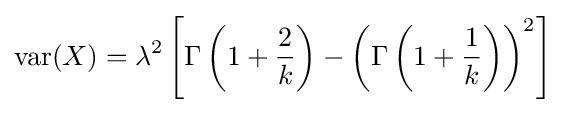
\operatorname {var} (X)=\lambda ^{2}\left[\Gamma \left(1+{\frac {2}{k}}\right)-\left(\Gamma \left(1+{\frac {1}{k}}\right)\right)^{2}\right]